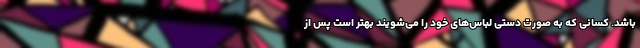
باشد. کسانی که به صورت دستی لباس‌های خود را می‌شویند بهتر است پس از